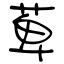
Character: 萆